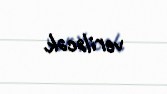
veriləcək.